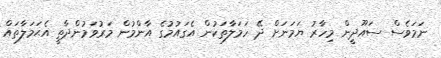
ނަމަވެސް ސައޫދީން މިހާރު ޔަމަނަށް ދޭ ހަމަލާތަކުން އެގައުމުގެ އާންމުން މަރުވަމުންދާތީ އެޙަމަލާތައް